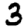
Digit: 3